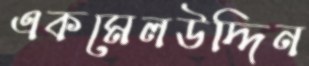
একমেলউদ্দিন